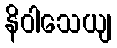
နိဝါသေယျ